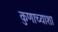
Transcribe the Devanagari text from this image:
कुणाच्याशा